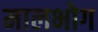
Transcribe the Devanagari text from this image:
मालभोग